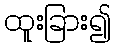
ထူးခြား၍